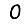
Digit: 0